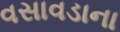
વસાવડાના